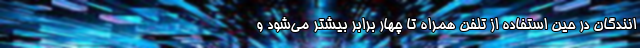
انندگان در حین استفاده از تلفن همراه تا چهار برابر بیشتر می‌شود و